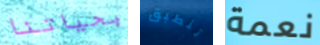
بحياتنا تنطبق نعمة